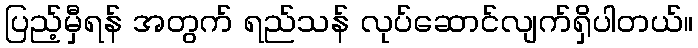
ပြည့်မှီရန် အတွက် ရည်သန် လုပ်ဆောင်လျက်ရှိပါတယ်။